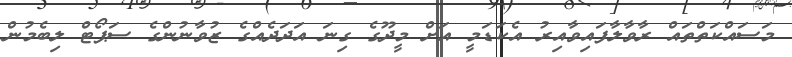
މަސައްކަތްތައް ރާވާލާފައިވާއިރު އެކަޑަމީ އަށް މީދޫގެ ގިނަ އަދަދެއްގެ ޒުވާނުންގެ ސަޕޯޓް ލިބެމުން